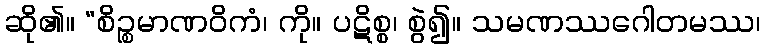
ဆို၏။ “စိဉ္စမာဏဝိကံ၊ ကို။ ပဋိစ္စ၊ စွဲ၍။ သမဏဿဂေါတမဿ၊